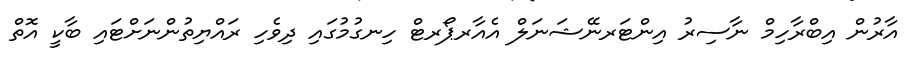
އާރުން އިބްރާހިމް ނާސިރު އިންޓަރނޭޝަނަލް އެއާރޕޯރޓް ހިނގުމުގައި ދިވެހި ރައްޔިތުންނަށްޓައި ބާކީ އޮތް